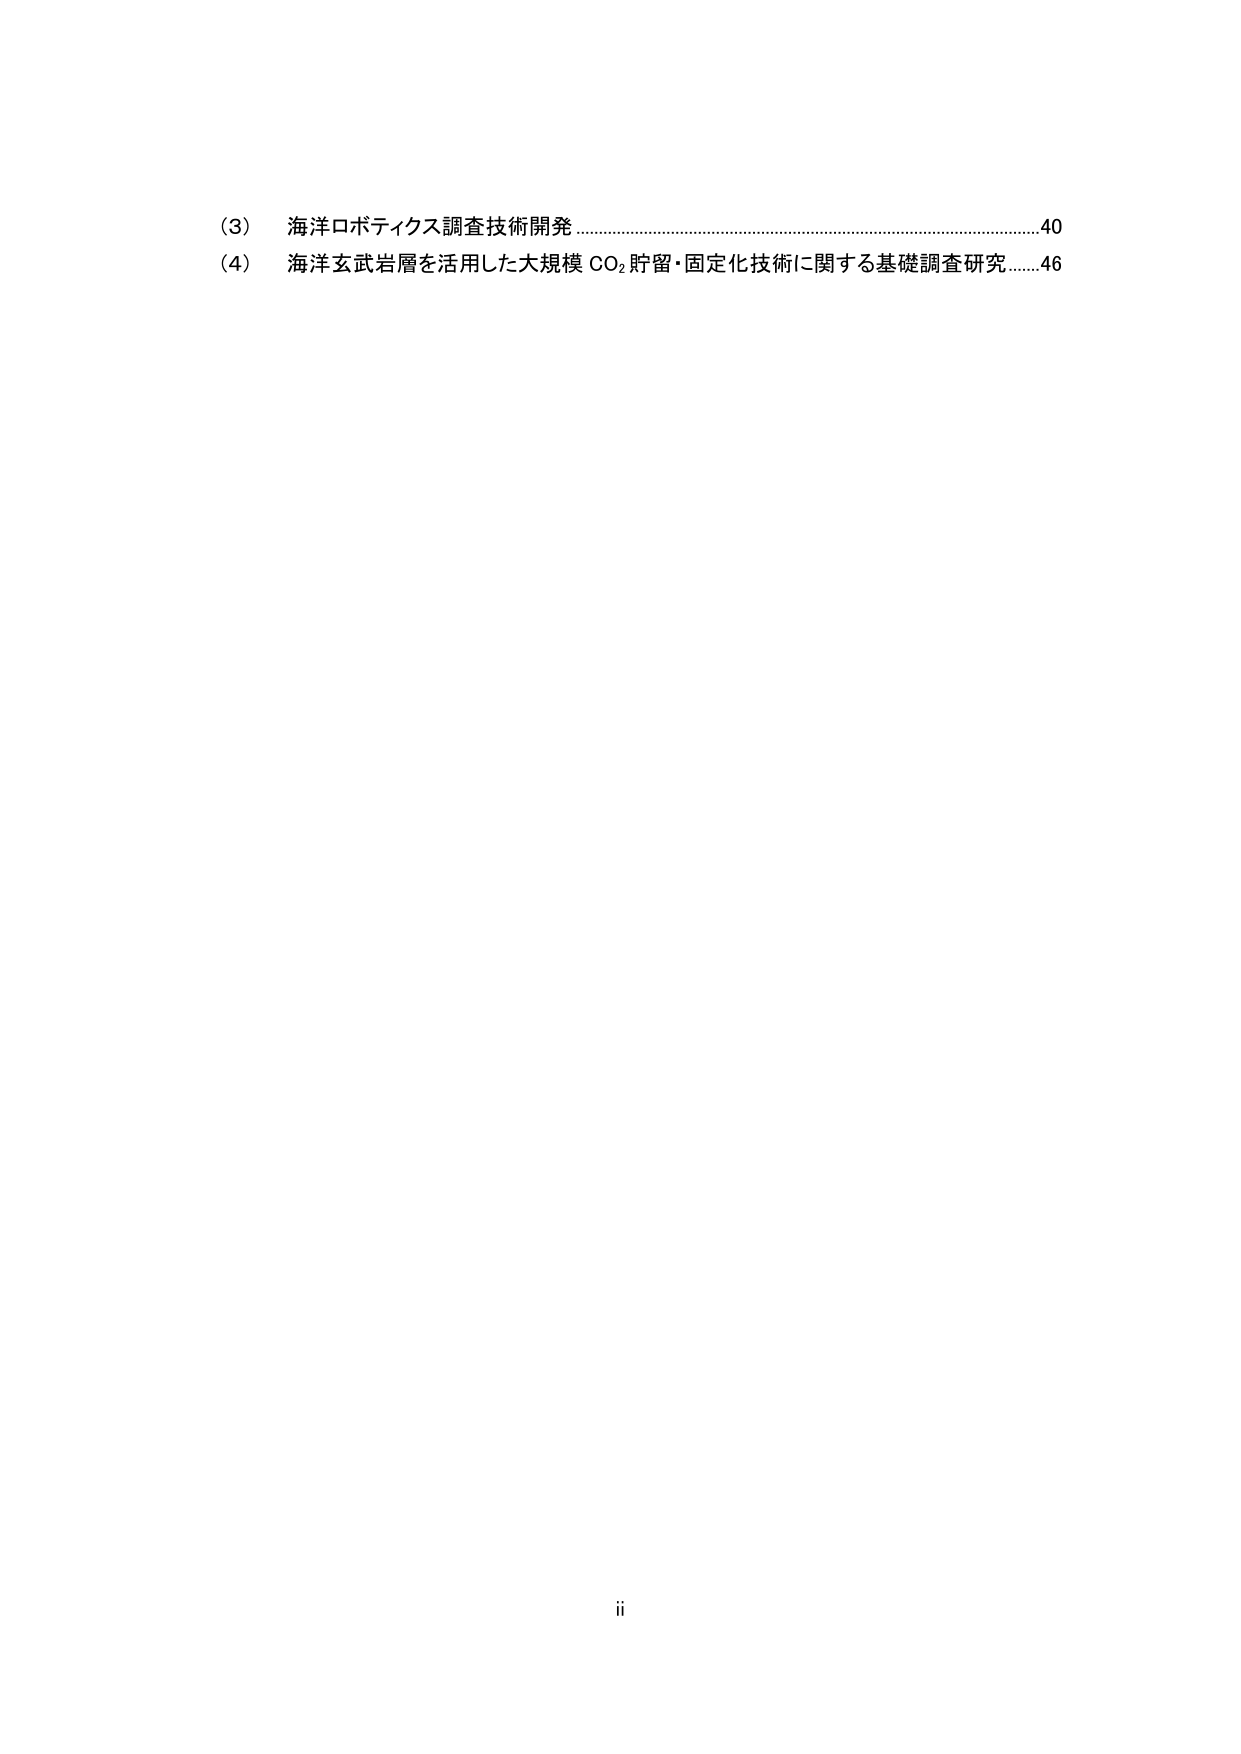
(3) 海洋ロボティクス調査技術開発...........................................................40
(4) 海洋玄武岩層を活用した大規模 CO₂貯留・固定化技術に関する基礎調査研究......46

ii